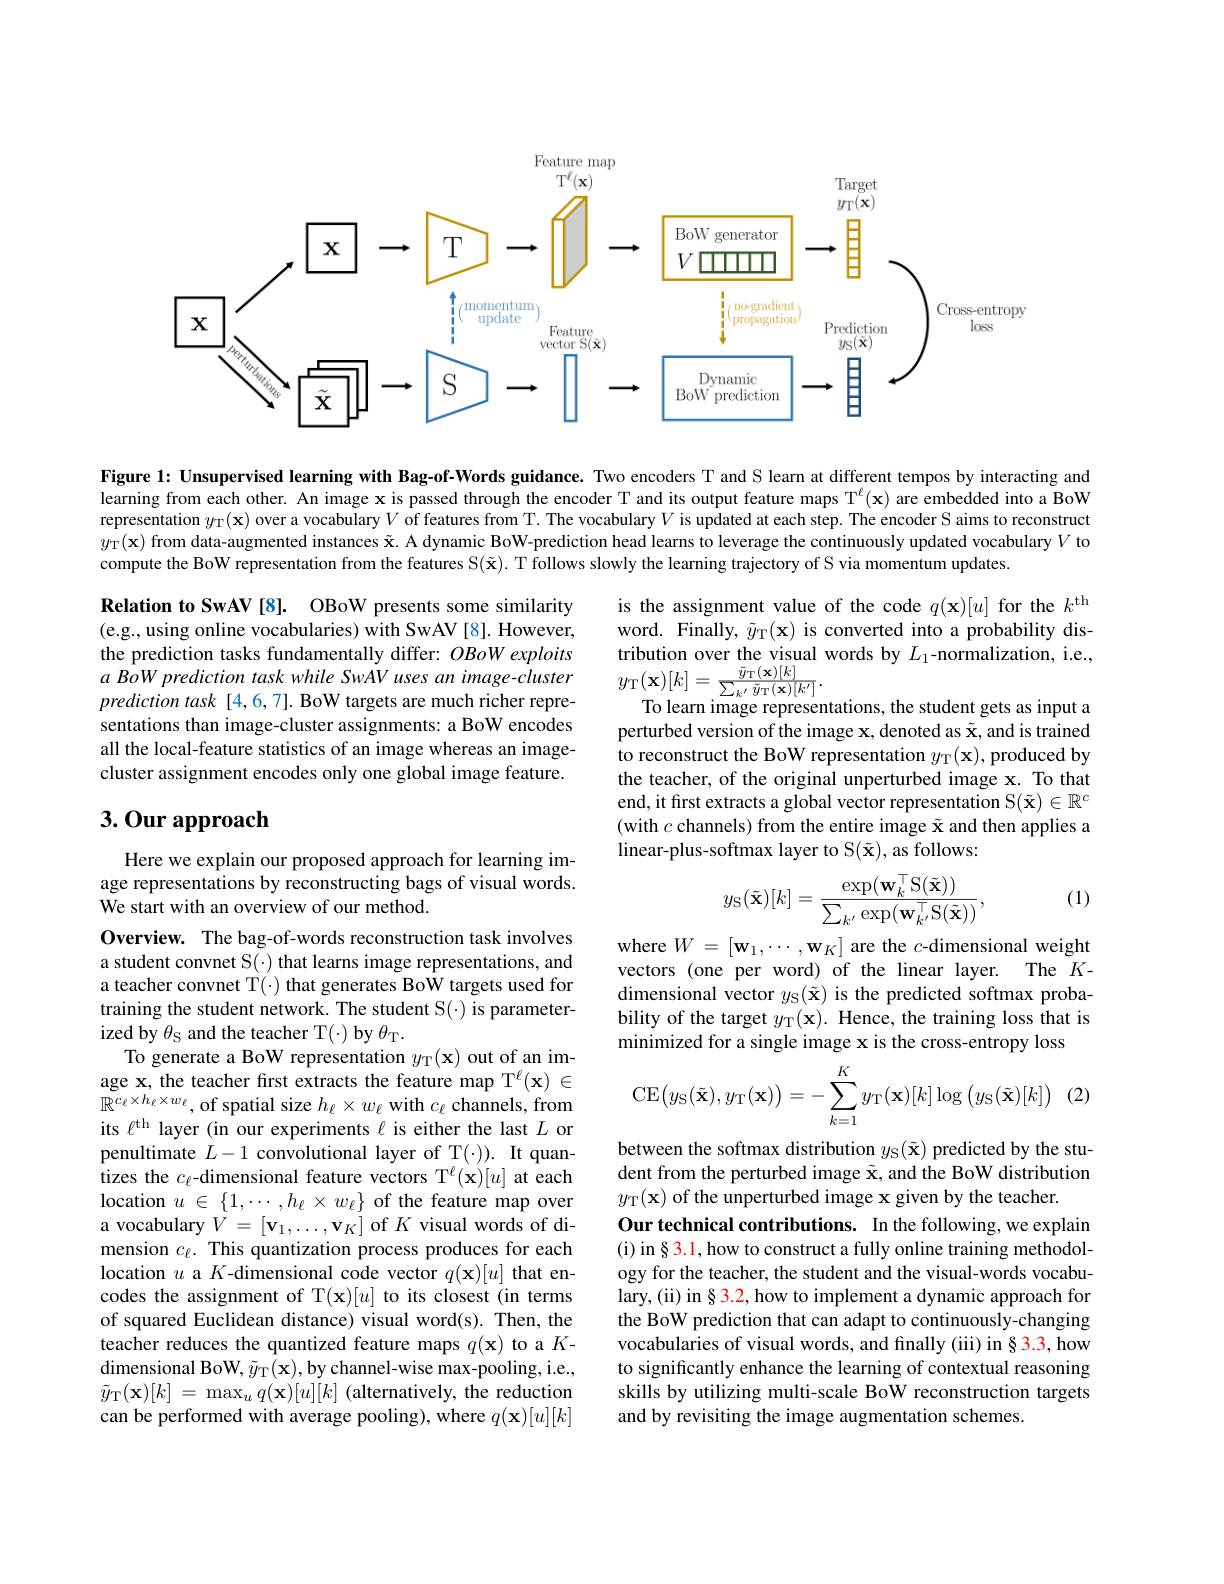
<FigureHere>

Figure 1: Unsupervised learning with Bag-of-Words guidance. Two encoders T and S learn at different tempos by interacting and learning from each other. An image x is passed through the encoder T and its output feature maps T$^\ell(\mathbf{x})$ are embedded into a BoW representation $y_{\mathrm{T} }( \mathbf{x} )$ over a vocabulary $V$ of features from T. The vocabulary $V$ is updated at each step. The encoder S aims to reconstruct $y_{\Gamma}(\mathbf{x})$ from data-augmented instances $\tilde{\mathbf{x}}.$ A dynamic BoW-prediction head learns to leverage the continuously updated vocabulary $V$ to compute the BoW representation from the features S(\tilde{\mathbf{x}}). T follows slowly the learning trajectory of S via momentum updates

Relation to SwAV[8]. OBoW presents some similarity (e.g., using online vocabularies) with SwAV[8]. However, the prediction tasks fundamentally differ: OBoWexploits a BoW prediction task while SwAV uses an image-cluster prediction task [4,6,7]. BoW targets are much richer representations than image-cluster assignments: a BoW encodes all the local-feature statistics of an image whereas an imagecluster assignment encodes only one global image feature.

is the assignment value of the code $q(\mathbf{x})[u]$ for the $k^\mathrm{th}$ word. Finally, $\tilde{y} _{\mathrm{T} }( \mathbf{x} )$ is converted into a probability distribution over the visual words by $L_1$-normalization, i.e., $y_{\mathrm{T} }( \mathbf{x} ) [ k] = \frac {\tilde{y} _{\mathrm{T} }( \mathbf{x} ) [ k] }{\sum _{k^{\prime }}\tilde{y} _{\mathrm{T} }( \mathbf{x} ) [ k^{\prime }] }.$
To learn image representations, the student gets as input a perturbed version of the image $\mathbf{x}$, denoted as $\tilde{\mathbf{x}}$, and is trained to reconstruct the BoW representation $y_{\mathrm{T} }( \mathbf{x} ) $, produced by the teacher, of the original unperturbed image x. To that (with $c$ channels) from the entire image $\tilde{\mathbf{x}}$ and then applies a

# 3. Our approach

Here we explain our proposed approach for learning image representations by reconstructing bags of visual words. We start with an overview of our method.
$$y_{\mathrm{S}}(\tilde{\mathbf{x}})[k]=\frac{\exp(\mathbf{w}_{k}^{\top}\mathrm{S}(\tilde{\mathbf{x}}))}{\sum_{k^{\prime}}\exp(\mathbf{w}_{k^{\prime}}^{\top}\mathrm{S}(\tilde{\mathbf{x}}))},$$
(1)

where $W=[\mathbf{w}_1,\cdots,\mathbf{w}_K]$ are the $c$-dimensional weight vectors (one per word) of the linear layer. The $K$- dimensional vector $y_{\mathrm{S}}(\tilde{\mathbf{x}})$ is the predicted softmax probability of the target $y_{\mathrm{T} }( \mathbf{x} ) .$ Hence, the training loss that is minimized for a single image x is the cross-entropy loss
$$\mathrm{CE}\big(y_\mathrm{S}(\tilde{\mathbf{x}}),y_\mathrm{T}(\mathbf{x})\big)=-\sum_{k=1}^Ky_\mathrm{T}(\mathbf{x})[k]\log\big(y_\mathrm{S}(\tilde{\mathbf{x}})[k]\big)$$
Overview. The bag-of-words reconstruction task involves a student convnet S(·) that learns image representations, and a teacher convnet T(·) that generates BoW targets used for training the student network. The student S(·) is parameterized by $\theta_{\mathrm{S}}$ and the teacher T(-) by $\theta_{\mathrm{T}}.$
To generate a BoW representation $y_{\mathrm{T} }( \mathbf{x} )$ out of an image x, the teacher first extracts the feature map T$^\ell(\mathbf{x})\in$ $\mathbb{R}^{c_\ell\times h_\ell\times w_\ell}$, of spatial size $h_\ell\times w_\ell$ with $c_\ell$ channels, from its $\ell^\mathrm{th}$ layer (in our experiments $\ell$ is either the last $L$ or penultimate $L-1$ convolutional layer of T(\cdot)). It quantizes the $c_\ell$-dimensional feature vectors T$^\ell(\mathbf{x})[u]$ at each location $u\in\{1,\cdots,h_\ell\times w_\ell\}$ of the feature map over a vocabulary $V=[\mathbf{v}_1,\ldots,\mathbf{v}_K]$ of $K$ visual words of dimension $c_\ell.$ This quantization process produces for each location $u$ a $K$-dimensional code vector $q(\mathbf{x})[u]$ that encodes the assignment of T$(\mathbf{x})[u]$ to its closest (in terms of squared Euclidean distance) visual word(s). Then, the teacher reduces the quantized feature maps $q(\mathbf{x})$ to a $K$- dimensional BoW, $\tilde{y} _{\mathrm{T} }( \mathbf{x} ) $,by channel-wise max-pooling, i.e., $\tilde{y} _{\mathrm{T} }( \mathbf{x} ) [ k]$ = $\max _{u}$ $q( \mathbf{x} ) [ u] [ k]$ (alternatively, the reduction can be performed with average pooling), where $q(\mathbf{x})[u][k]$

between the softmax distribution $y_\mathrm{S}(\tilde{\mathbf{x}})$ predicted by the student from the perturbed image \tilde{\mathbf{x}}, and the BoW distribution $y_{\mathrm{T} }( \mathbf{x} )$ of the unperturbed image x given by the teacher.
Our technical contributions. In the following, we explain (i) in § 3.1, how to construct a fully online training methodology for the teacher, the student and the visual-words vocabulary, (ii) in § 3.2, how to implement a dynamic approach for the BoW prediction that can adapt to continuously-changing vocabularies of visual words, and finally (iii) in § 3.3, how to significantly enhance the learning of contextual reasoning skills by utilizing multi-scale BoW reconstruction targets and by revisiting the image augmentation schemes